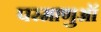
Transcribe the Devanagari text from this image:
परमाणुऑ